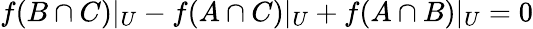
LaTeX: f(B\cap C)|_{U}-f(A\cap C)|_{U}+f(A\cap B)|_{U}=0